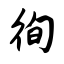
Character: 徇